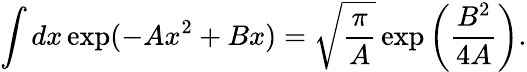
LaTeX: \int dx\exp(-Ax^{2}+Bx)=\sqrt{\frac{\pi}{A}}\exp\left(\frac{B^{2}}{4A}\right).